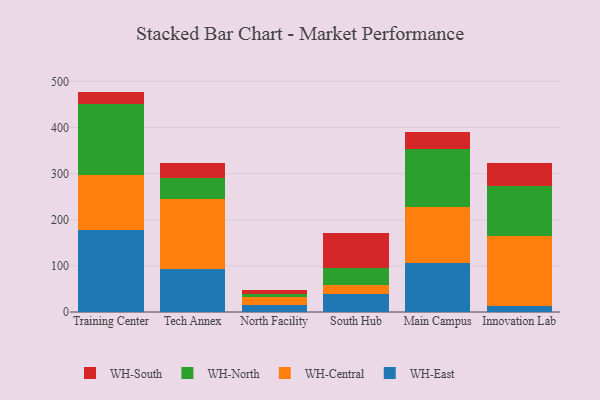
{"axis": {"x": "Campus", "y": "Website Visitors"}, "legend": ["WH-Central", "WH-East", "WH-North", "WH-South"], "data": [{"x": "Training Center", "y": 178.7, "type": "WH-East"}, {"x": "Training Center", "y": 119.1, "type": "WH-Central"}, {"x": "Training Center", "y": 152.1, "type": "WH-North"}, {"x": "Training Center", "y": 27.8, "type": "WH-South"}, {"x": "Tech Annex", "y": 92.4, "type": "WH-East"}, {"x": "Tech Annex", "y": 152.1, "type": "WH-Central"}, {"x": "Tech Annex", "y": 46.1, "type": "WH-North"}, {"x": "Tech Annex", "y": 31.4, "type": "WH-South"}, {"x": "North Facility", "y": 14.1, "type": "WH-East"}, {"x": "North Facility", "y": 18.2, "type": "WH-Central"}, {"x": "North Facility", "y": 6.1, "type": "WH-North"}, {"x": "North Facility", "y": 8.3, "type": "WH-South"}, {"x": "South Hub", "y": 39.6, "type": "WH-East"}, {"x": "South Hub", "y": 19.2, "type": "WH-Central"}, {"x": "South Hub", "y": 36.4, "type": "WH-North"}, {"x": "South Hub", "y": 75.3, "type": "WH-South"}, {"x": "Main Campus", "y": 105.8, "type": "WH-East"}, {"x": "Main Campus", "y": 121.8, "type": "WH-Central"}, {"x": "Main Campus", "y": 125.1, "type": "WH-North"}, {"x": "Main Campus", "y": 36.8, "type": "WH-South"}, {"x": "Innovation Lab", "y": 12.9, "type": "WH-East"}, {"x": "Innovation Lab", "y": 152.7, "type": "WH-Central"}, {"x": "Innovation Lab", "y": 106.9, "type": "WH-North"}, {"x": "Innovation Lab", "y": 51.5, "type": "WH-South"}]}